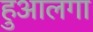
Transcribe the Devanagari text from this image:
हुआलगा